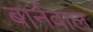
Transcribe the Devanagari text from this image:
बार्नवाल